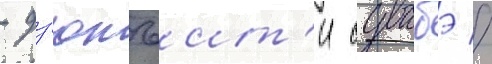
- дз'юнъит'и сувабэ //